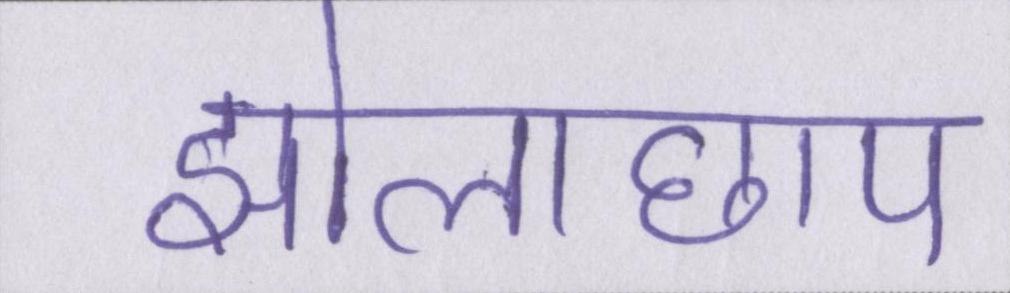
झोलाछाप